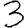
Digit: 3